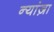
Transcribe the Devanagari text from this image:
न्यांज़ा